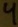
Text: 4